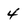
Character: 4